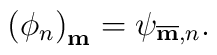
\left(\phi_n\right)_{\bf m}=\psi_{{\overline {\bf m}},n}.